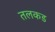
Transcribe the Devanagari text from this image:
तलकड